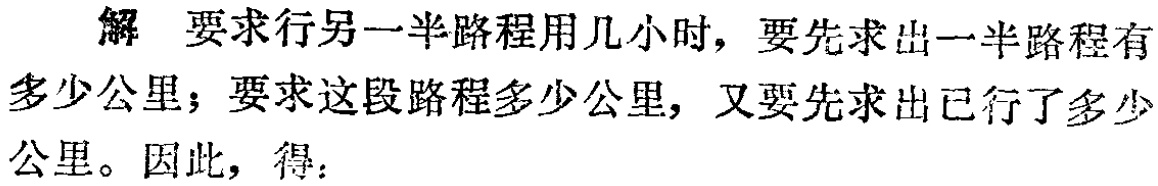
解 要求行另一半路程用几小时，要先求出一半路程有多少公里；要求这段路程多少公里，又要先求出已行了多少公里。因此，得：